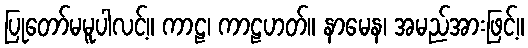
ပြုတော်မမူပါလင့်။ ကာဠ၊ ကာဠဟတ်။ နာမေန၊ အမည်အားဖြင့်။